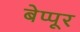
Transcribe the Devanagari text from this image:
बेप्पूर